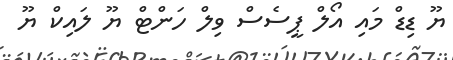
ޔޫ ޑިޑް މައި އޯލް ޕީސެސް ވިލް ހަންޓް ޔޫ ލައިކް ޔޫ